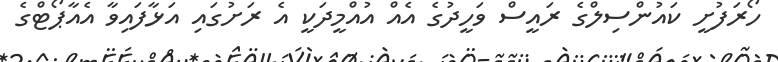
ހޯރަފުށީ ކަައުންސިލްގެ ރައީސް ވަހީދުގެ އެއް އުއްމީދަކީ އެ ރަށުގައި އަޅާފައިވާ އެއާޕޯޓްގެ